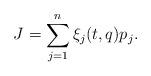
LaTeX: \begin{align*}J=\sum_{j=1}^n \xi_j(t,q)p_j.\end{align*}